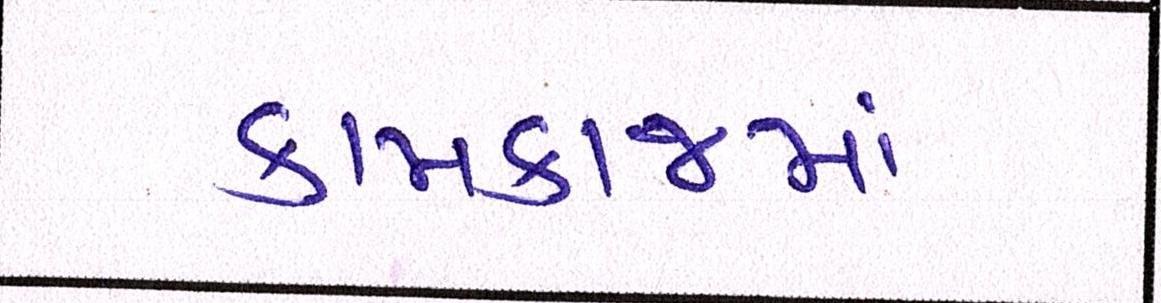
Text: કામકાજમાં